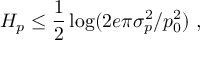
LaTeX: H _ { p } \leq { \frac { 1 } { 2 } } \log ( 2 e \pi \sigma _ { p } ^ { 2 } / p _ { 0 } ^ { 2 } ) ~ ,